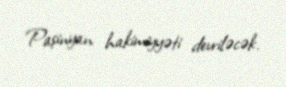
Paşinyan hakimiyyəti devriləcək.